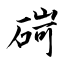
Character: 碋